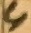
Text: 4